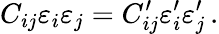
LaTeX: C_{ij}\varepsilon_{i}\varepsilon_{j}=C_{ij}^{\prime}\varepsilon_{i}^{\prime}\varepsilon_{j}^{\prime}\, .